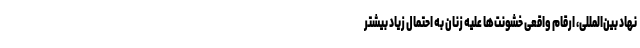
نهاد بین‌المللی، ارقام واقعی خشونت‌ها علیه زنان به احتمال زیاد بیشتر